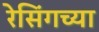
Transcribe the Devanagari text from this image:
रेसिंगच्या